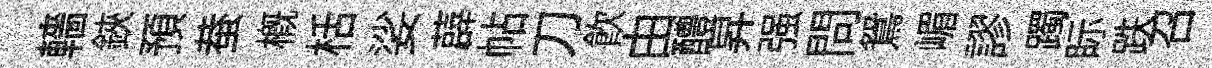
轖鋏預蛬槪栝娑薜帖刀飲由醴昇强問鴛嵋謬躅眎跌召